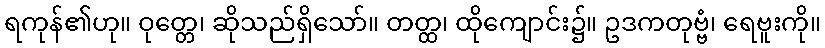
ရကုန်၏ဟု။ ဝုတ္တေ၊ ဆိုသည်ရှိသော်။ တတ္ထ၊ ထိုကျောင်း၌။ ဥဒကတုဗ္ဗံ၊ ရေဗူးကို။